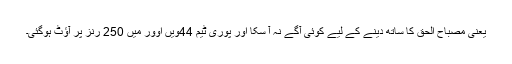
یعنی مصباح الحق کا ساتھ دینے کے لیے کوئی آگے نہ آ سکا اور پوری ٹیم 44ویں اوور میں 250 رنز پر آؤٹ ہوگئی۔